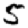
Digit: 5